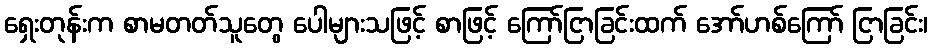
ရှေးတုန်းက စာမတတ်သူတွေ ပေါများသဖြင့် စာဖြင့် ကြော်ငြာခြင်းထက် အော်ဟစ်ကြော် ငြာခြင်း၊